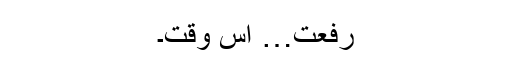
رفعت… اس وقت۔